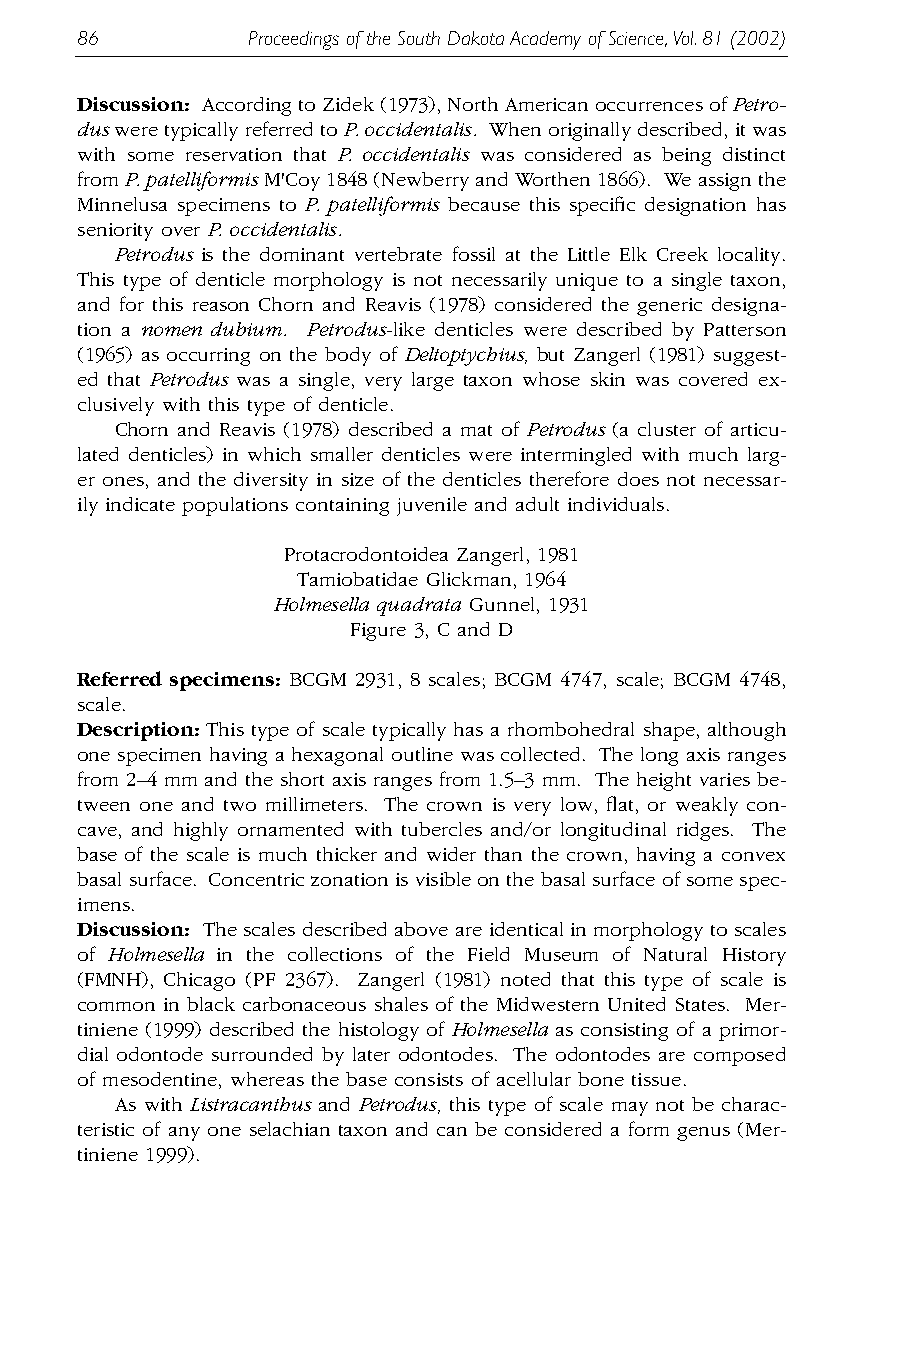
86         Proceedings of the South Dakota Academy of Science,Vol.81 (2002)
 Discussion: According to Zidek (1973), North American occurrences of Petro-
 dus were typically referred to P. occidentalis. When originally described, it was
 with some reservation that P. occidentalis was considered as being distinct
 from P. patelliformisM'Coy 1848 (Newberry and Worthen 1866). We assign the
 Minnelusa specimens to P. patelliformis because this specific designation has
 seniority over P. occidentalis.
 Petrodus is the dominant vertebrate fossil at the Little Elk Creek locality.
 This type of denticle morphology is not necessarily unique to a single taxon,
 and for this reason Chorn and Reavis (1978) considered the generic designa-
 tion a nomen dubium. Petrodus-like denticles were described by Patterson
 (1965) as occurring on the body of Deltoptychius, but Zangerl (1981) suggest-
 ed that Petrodus was a single, very large taxon whose skin was covered ex-
 clusively with this type of denticle.
 Chorn and Reavis (1978) described a mat of Petrodus (a cluster of articu-
 lated denticles) in which smaller denticles were intermingled with much larg-
 er ones, and the diversity in size of the denticles therefore does not necessar-
 ily indicate populations containing juvenile and adult individuals.
 Protacrodontoidea Zangerl, 1981
 Tamiobatidae Glickman, 1964
 Holmesella quadrata Gunnel, 1931
 Figure 3, C and D
 Referred specimens: BCGM 2931, 8 scales; BCGM 4747, scale; BCGM 4748,
 scale.
 Description: This type of scale typically has a rhombohedral shape, although
 one specimen having a hexagonal outline was collected. The long axis ranges
 from 2–4 mm and the short axis ranges from 1.5–3 mm. The height varies be-
 tween one and two millimeters. The crown is very low, flat, or weakly con-
 cave, and highly ornamented with tubercles and/or longitudinal ridges. The
 base of the scale is much thicker and wider than the crown, having a convex
 basal surface. Concentric zonation is visible on the basal surface of some spec-
 imens.
 Discussion: The scales described above are identical in morphology to scales
 of Holmesella in the collections of the Field Museum of Natural History
 (FMNH), Chicago (PF 2367). Zangerl (1981) noted that this type of scale is
 common in black carbonaceous shales of the Midwestern United States. Mer-
 tiniene (1999) described the histology of Holmesella as consisting of a primor-
 dial odontode surrounded by later odontodes. The odontodes are composed
 of mesodentine, whereas the base consists of acellular bone tissue.
 As with Listracanthus and Petrodus, this type of scale may not be charac-
 teristic of any one selachian taxon and can be considered a form genus (Mer-
 tiniene 1999).